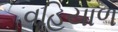
વહિયાળ